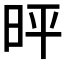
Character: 𪰓